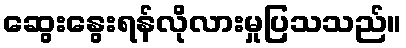
ဆွေးနွေးရန်လိုလားမှုပြသသည်။